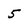
Character: 5